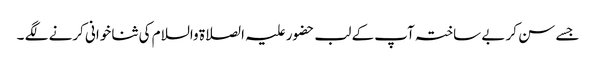
جسے سن کر بے ساختہ آپ کے لب حضور علیہ الصلاۃ والسلام کی ثنا خوانی کرنے لگے ۔